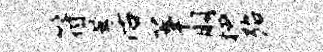
符蜃活莘朋柙殆